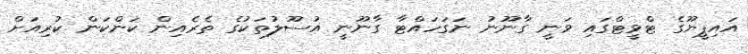
އައިޕީޔޫގެ ޓްވީޓްގައި ވަނީ ގާނޫނު ނަގަހައްޓާ ގާނޫނީ އުސޫލުތަކުގެ ތެރެއިން ކަންކަން ކުރިއަށް